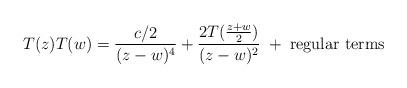
LaTeX: \begin{align*} T(z)T(w)=\frac{c/2}{(z-w)^4} +\frac{2T(\frac{z+w}{2})}{(z-w)^2} \; + \; \mbox{regular terms}\end{align*}